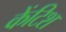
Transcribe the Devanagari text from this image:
केंटिश